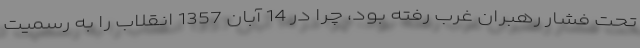
تحت فشار رهبران غرب رفته بود، چرا در 14 آبان 1357 انقلاب را به رسمیت